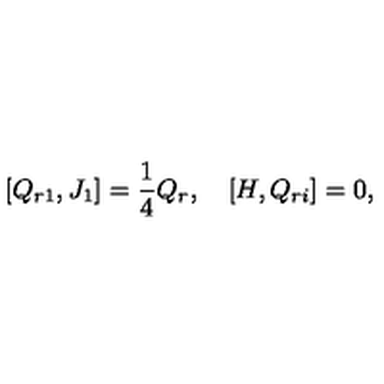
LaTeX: \lbrack { Q _ { r 1 } , J _ { 1 } } \rbrack = \frac { 1 } { 4 } Q _ { r } , \quad \lbrack { H , Q _ { r i } } \rbrack = 0 ,